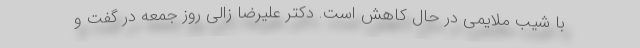
با شیب ملایمی در حال کاهش است. دکتر علیرضا زالی روز جمعه در گفت و